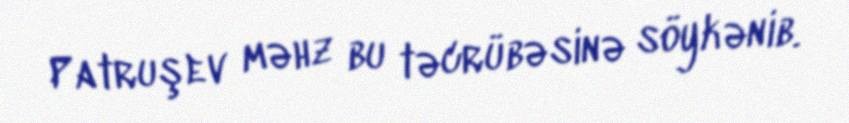
Patruşev məhz bu təcrübəsinə söykənib.